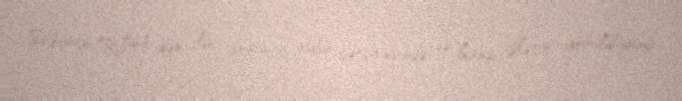
Sabunçu RİH-dən ilin sonuncu rübü çərçivəsində də hansı işlərin görüldüyünü